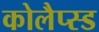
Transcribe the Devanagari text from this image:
कोलैप्स्ड